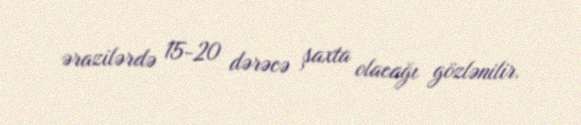
ərazilərdə 15-20 dərəcə şaxta olacağı gözlənilir.